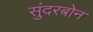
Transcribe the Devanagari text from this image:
सुंदरबोन